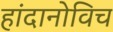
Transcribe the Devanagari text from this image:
हांदानोविच